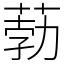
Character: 葧